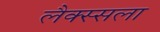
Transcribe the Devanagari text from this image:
लैक्स्सला